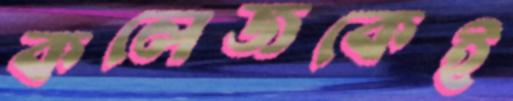
কলেজকেই